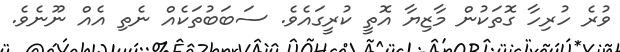
ވުރެ ހުރިހާ ގޮތަކުން މާޒިޔާ އޮތީ ކުރީގައެވެ. ސަބަބުތަކެއް ނެތި އެއް ނޫނެވެ.